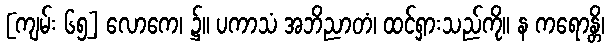
[ကျမ်း ၆၅] လောကေ၊ ၌။ ပကာသံ အဘိညာတံ၊ ထင်ရှားသည်ကို။ န ကရောန္တိ၊